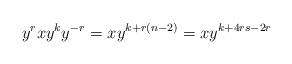
LaTeX: \begin{align*} y^rxy^ky^{-r}=xy^{k+r(n-2)}=xy^{k+4rs-2r} \end{align*}